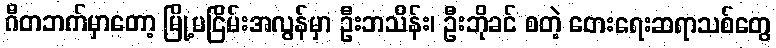
ဂီတဘက်မှာတော့ မြို့မငြိမ်းအလွန်မှာ ဦးဘသိန်း၊ ဦးဘိုခင် စတဲ့ တေးရေးဆရာသစ်တွေ